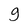
Character: g